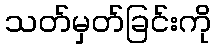
သတ်မှတ်ခြင်းကို